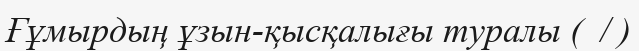
Ғұмырдың ұзын-қысқалығы туралы (  / )